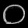
Digit: ၀